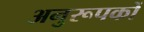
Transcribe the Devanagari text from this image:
अनुरूपकों